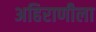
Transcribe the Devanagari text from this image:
अहिराणीला